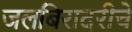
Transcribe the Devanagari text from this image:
जलबिरादरीचे